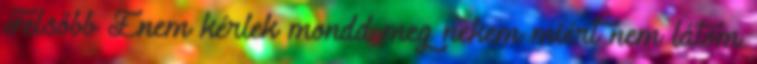
Felsőbb Énem kérlek mondd meg nekem miért nem látom